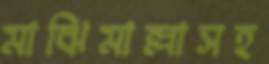
মাঝিমাল্লাসহ